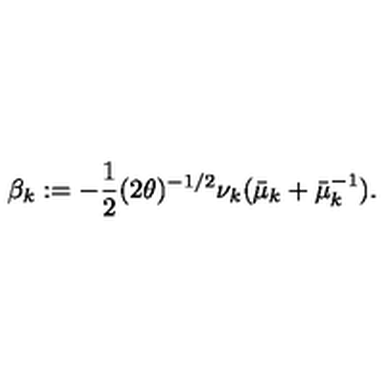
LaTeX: \beta _ { k } : = - \frac { 1 } { 2 } ( 2 \theta ) ^ { - 1 / 2 } \nu _ { k } ( \bar { \mu } _ { k } + \bar { \mu } _ { k } ^ { - 1 } ) .